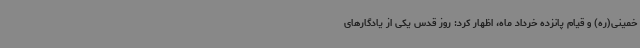
خمینی(ره) و قیام پانزده خرداد ماه، اظهار کرد: روز قدس یکی از یادگارهای